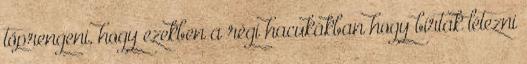
töprengeni, hogy ezekben a régi hacukákban hogy bírtak létezni